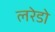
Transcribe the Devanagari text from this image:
लरेडो